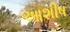
આશીષ